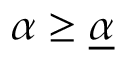
\alpha \geq \underline { { \alpha } }